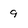
Character: 9